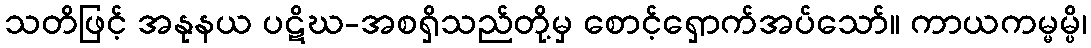
သတိဖြင့် အနုနယ ပဋိဃ-အစရှိသည်တို့မှ စောင့်ရှောက်အပ်သော်။ ကာယကမ္မမ္ပိ၊